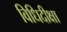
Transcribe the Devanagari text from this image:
विधिदीक्षा